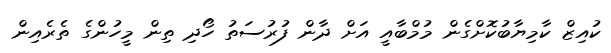
ކުއިޒް ކާމިޔާބުކޮށްގެން މުމްބާއީ އަށް ދާން ފުރުސަތު ހޯދި ތިން މީހުންގެ ތެރެއިން